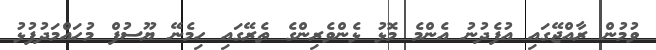
ވުމުން ރާއްޖޭގައި އުފެދުނު އެންމެ މޮޅު ޅެންވެރިންގެ ތެރޭގައި ހިމެނޭ ޔޫސުފް މުހައްމަދުފުޅު